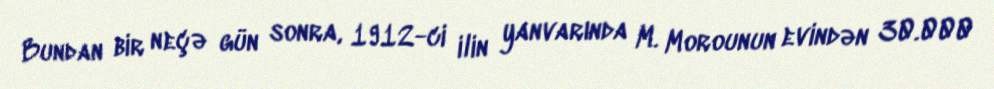
Bundan bir neçə gün sonra, 1912-ci ilin yanvarında M. Morounun evindən 30.000